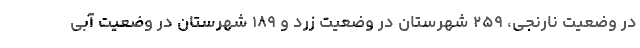
در وضعیت نارنجی، ۲۵۹ شهرستان در وضعیت زرد و ۱۸۹ شهرستان در وضعیت آبی